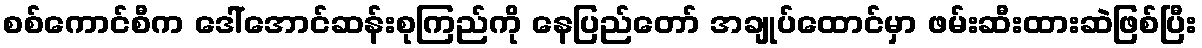
စစ်ကောင်စီက ဒေါ်အောင်ဆန်းစုကြည်ကို နေပြည်တော် အချုပ်ထောင်မှာ ဖမ်းဆီးထားဆဲဖြစ်ပြီး